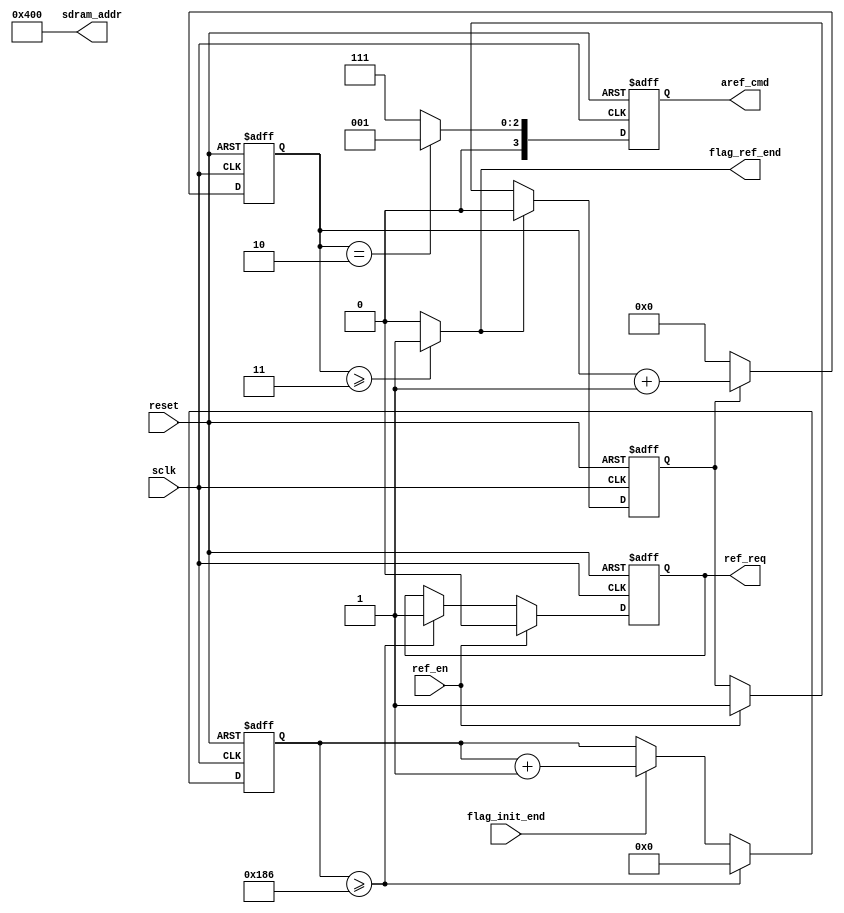
module sdram_aref(
        //system signals
        input                    sclk            ,
        input                    reset           ,
        //comunicat with ARBIT
        input                    ref_en          ,
        output    reg            ref_req         ,
        output    wire           flag_ref_end    ,
        //others
        output    reg     [3:0]    aref_cmd      ,
        output    wire    [12:0]    sdram_addr   ,
        input                    flag_init_end
);

//==============================================================================\
//*********************Define Parameter and Internal Signal ********************
//==============================================================================/
localparam integer DELAY_78us        =        390    ; //7.5us
localparam integer CMD_AREF          =        4'b0001;
localparam integer CMD_NOP           =        4'b0111;
localparam integer CMD_PRE           =        4'b0010;
reg        [3:0]            cmd_cnt                  ;
reg        [8:0]            ref_cnt                  ;
reg                        flag_ref                  ; //top0

//=============================================================================\
//********************** Main Code    ***************************************
//=============================================================================/
always @(posedge sclk or negedge reset) begin
        if(reset == 1'b0)
                ref_cnt <= 9'd0;
        else if(ref_cnt >= DELAY_78us)
                ref_cnt <= 9'd0;
        else if(flag_init_end == 1'b1)
                ref_cnt <= ref_cnt +1'b1;
end

always @(posedge sclk or negedge reset) begin
        if(reset == 1'b0)
                flag_ref <= 1'b0;
        else if(flag_ref_end == 1'b1)
                flag_ref <=    1'b0;
        else if(ref_en == 1'b1)
                flag_ref <= 1'b1;
end

always @(posedge sclk or negedge reset ) begin
        if(reset == 1'b0)
                cmd_cnt    <= 4'd0;
        else if(flag_ref == 1'b1)
                cmd_cnt <= cmd_cnt + 1'b1;
        else
                cmd_cnt <= 4'd0;
end

always @(posedge sclk or negedge reset) begin
        if(reset == 1'b0)
                aref_cmd <= CMD_NOP;
        else if(cmd_cnt == 2)
               aref_cmd <= CMD_AREF; // 
        else
			aref_cmd <= CMD_NOP;
end
//ref_req
always @(posedge sclk or negedge reset) begin
    if(reset == 1'b0)
        ref_req <= 0;
    else if(ref_en == 1)
        ref_req <= 0;
    else if(ref_cnt >= DELAY_78us)
        ref_req <= 1;
end

assign flag_ref_end = (cmd_cnt >= 4'd3) ? 1'b1 : 1'b0;
assign sdram_addr   = 13'b0_0100_0000_0000;

endmodule